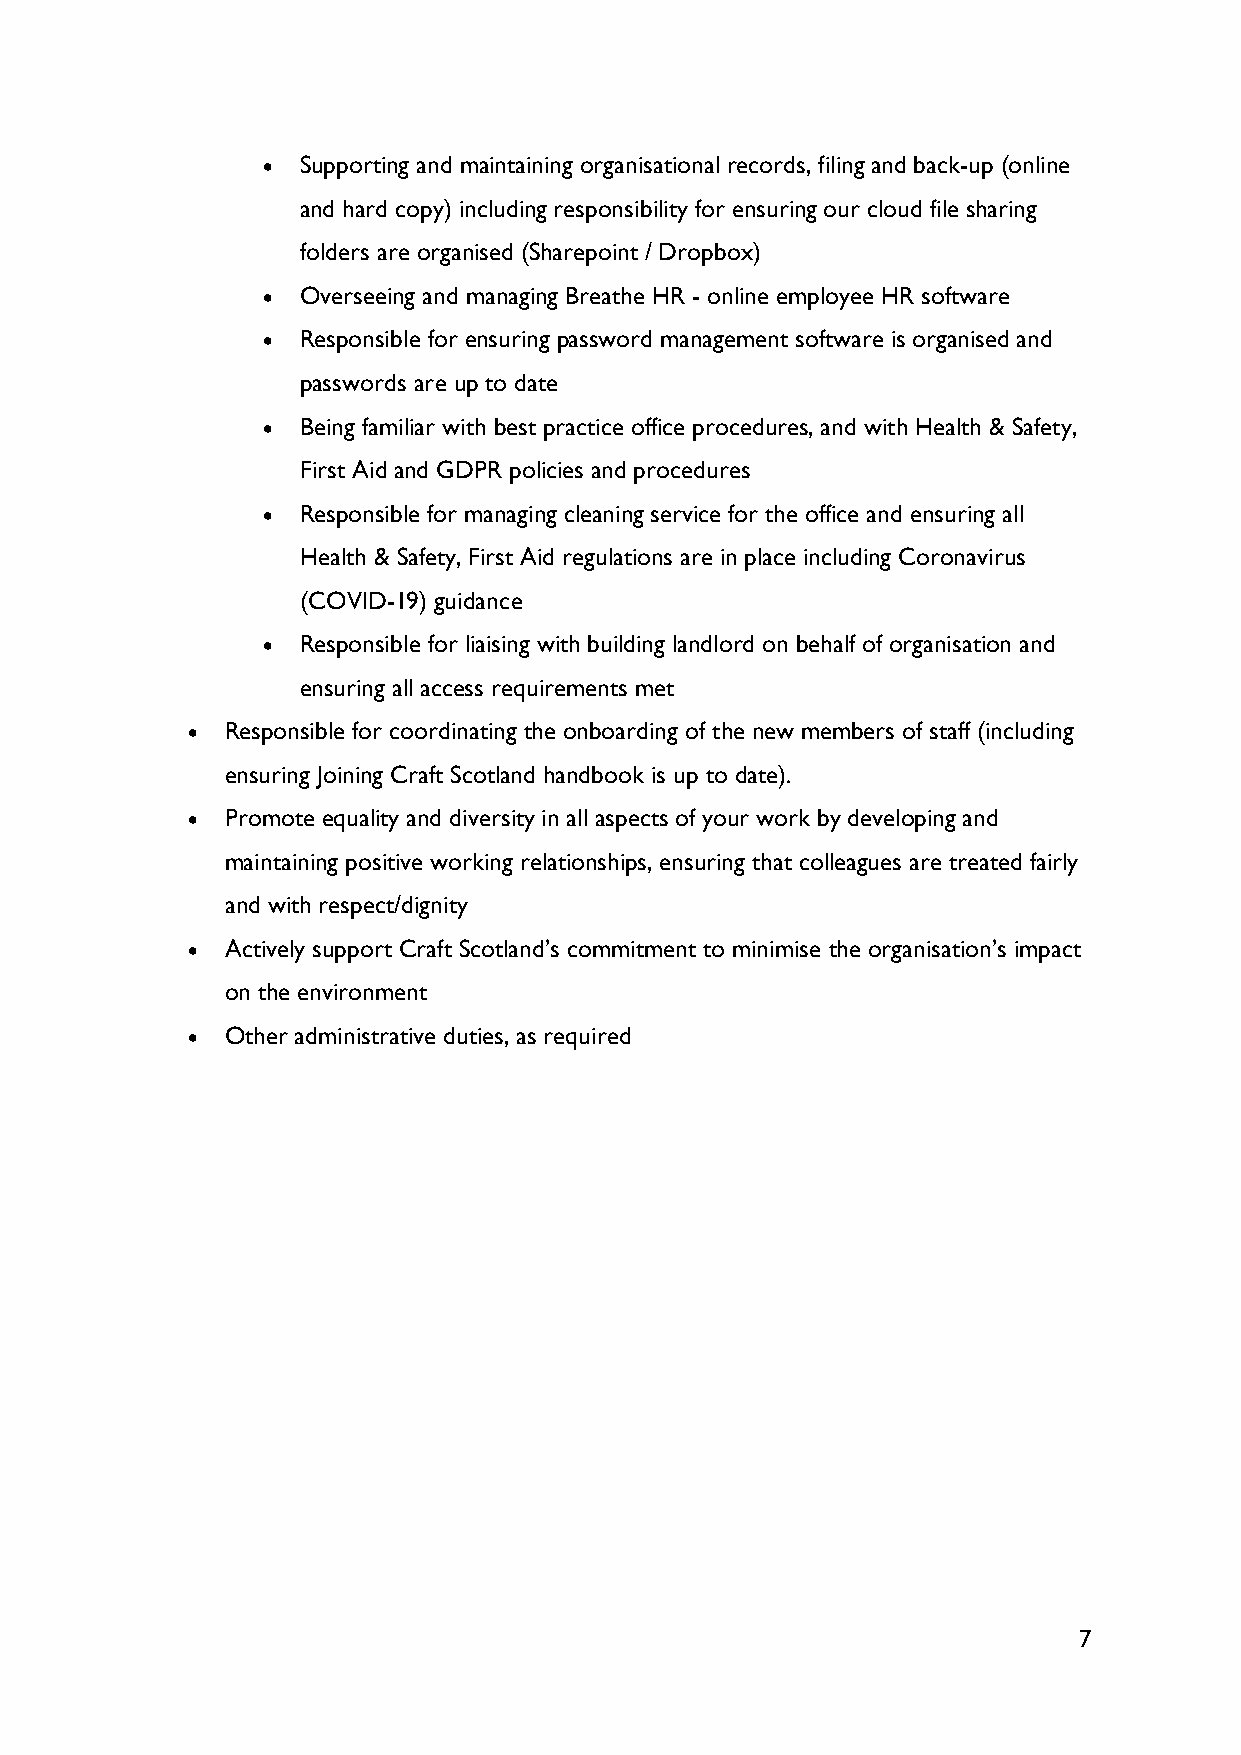
•  Supporting and maintaining organisational records, filing and back-up (online
 and hard copy) including responsibility for ensuring our cloud file sharing
 folders are organised (Sharepoint / Dropbox)
 •  Overseeing and managing Breathe HR - online employee HR software
 •  Responsible for ensuring password management software is organised and
 passwords are up to date
 •  Being familiar with best practice office procedures, and with Health & Safety,
 First Aid and GDPR policies and procedures
 •  Responsible for managing cleaning service for the office and ensuring all
 Health & Safety, First Aid regulations are in place including Coronavirus
 (COVID-19) guidance
 •  Responsible for liaising with building landlord on behalf of organisation and
 ensuring all access requirements met
 •  Responsible for coordinating the onboarding of the new members of staff (including
 ensuring Joining Craft Scotland handbook is up to date).
 •  Promote equality and diversity in all aspects of your work by developing and
 maintaining positive working relationships, ensuring that colleagues are treated fairly
 and with respect/dignity
 •  Actively support Craft Scotland’s commitment to minimise the organisation’s impact
 on the environment
 •  Other administrative duties, as required
 7